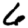
Digit: 6